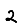
Digit: 2